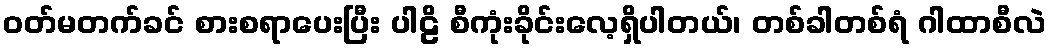
ဝတ်မတက်ခင် စားစရာပေးပြီး ပါဠိ စီကုံးခိုင်းလေ့ရှိပါတယ်၊ တစ်ခါတစ်ရံ ဂါထာစီလဲ